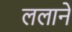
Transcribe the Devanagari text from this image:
ललाने